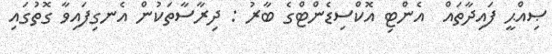
ޞިއްޙީ ފައިދާތައް  އެންޓި އޮކްސިޑެންޓްގެ ބާރު : ދިރާސާތަކުން އެނގިފައިވާ ގޮތުގައި